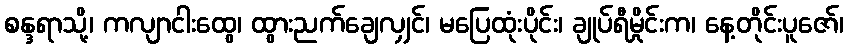
စန္ဒရာသို့၊ ကလျာငါးထွေ၊ ထွားညက်ချေလျှင်၊ မပြေထုံးပိုင်း၊ ချုပ်ရီမှိုင်းက၊ နေ့တိုင်းပူဇော်၊